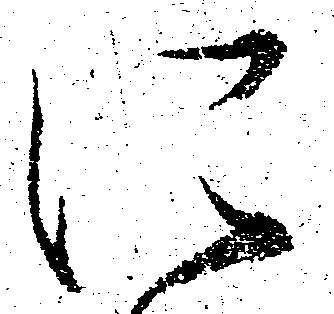
に